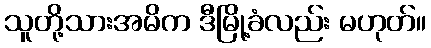
သူတို့သားအမိက ဒီမြို့ခံလည်း မဟုတ်။